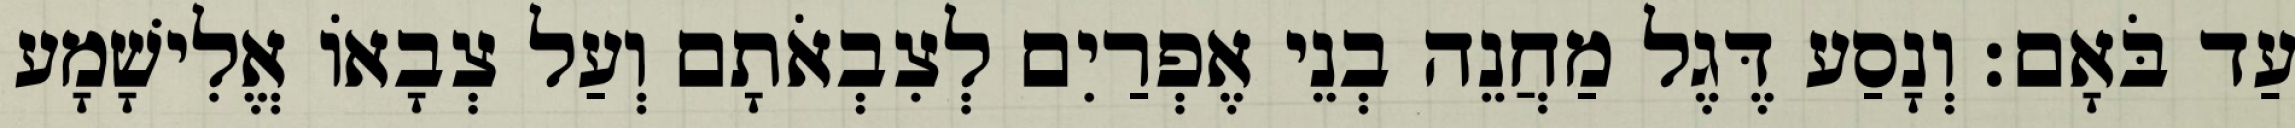
עַד בֹּאָם׃ וְנָסַע דֶּגֶל מַחֲנֵה בְנֵי אֶפְרַיִם לְצִבְאֹתָם וְעַל צְבָאוֹ אֱלִישָׁמָע